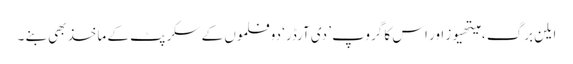
ایلن برگ ، میتھیوز اور اس کا گروپ ’ دی آرڈر‘ دو فلموں کے سکرپٹ کے ماخذ بھی بنے ۔